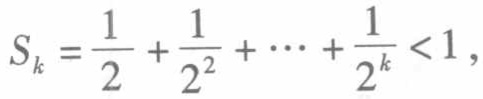
\(S_{k}=\frac{1}{2}+\frac{1}{2^{2}}+\cdots+\frac{1}{2^{k}}<1\)